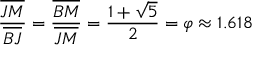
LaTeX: { \frac { \overline { { J M } } } { \overline { { B J } } } } = { \frac { \overline { { B M } } } { \overline { { J M } } } } = { \frac { 1 + { \sqrt { 5 } } } { 2 } } = \varphi \approx 1 . 6 1 8